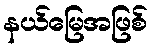
နယ်မြေအဖြစ်